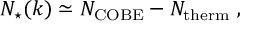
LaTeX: N _ { \star } ( k ) \simeq N _ { \mathrm { C O B E } } - N _ { \mathrm { t h e r m } } \ ,